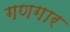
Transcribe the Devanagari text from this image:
गणगार